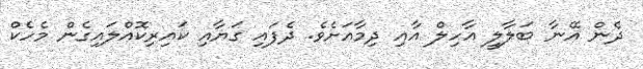
ދެން އޭނާ ބަލާލީ އާހިލް އާއި ދިމާއަށެވެ. ދެފައި ގަޔާއި ކައިރިކޮއްލައިގެން މެހެކް